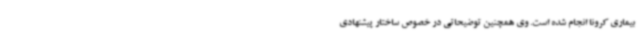
بیماری کرونا انجام شده است. وی همچنین توضیحاتی در خصوص ساختار پیشنهادی